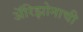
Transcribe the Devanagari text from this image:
अॅरिझोनाची